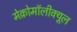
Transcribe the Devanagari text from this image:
मेक्रोमॉलीक्यूल